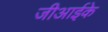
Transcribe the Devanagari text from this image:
जीआईके